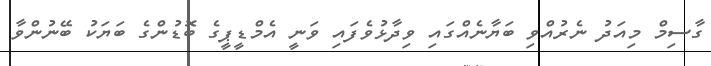
ގާސިމް މިއަދު ނެރުއްވި ބަޔާނެއްގައި ވިދާޅުވެފައި ވަނީ އެމްޑީޕީގެ ބޮޑުންގެ ބަޔަކު ބޭނުންވާ